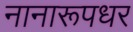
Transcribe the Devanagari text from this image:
नानारूपधर